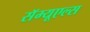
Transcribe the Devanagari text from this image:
सॅम्यूएल्स